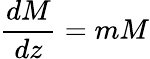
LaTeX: \frac{dM}{dz}=mM